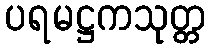
ပရမဋ္ဌကသုတ္တ